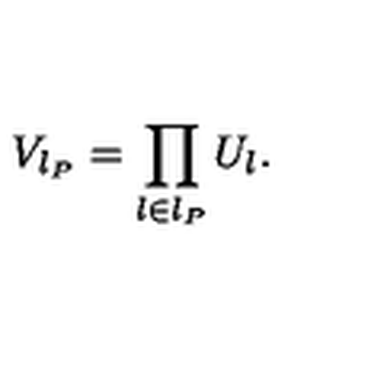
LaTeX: V _ { l _ { P } } = \prod _ { l \in l _ { P } } U _ { l } .